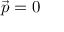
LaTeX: { \vec { p } } = 0